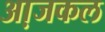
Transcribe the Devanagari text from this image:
आ़जकल